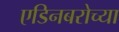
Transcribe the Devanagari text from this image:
एडिनबरोच्या